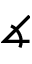
\measuredangle